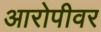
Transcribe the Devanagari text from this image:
आरोपीवर